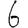
Digit: 6